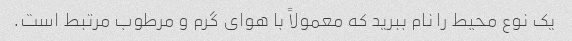
یک نوع محیط را نام ببرید که معمولاً با هوای گرم و مرطوب مرتبط است.